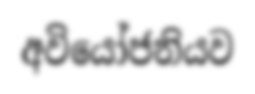
අවියෝජනියව